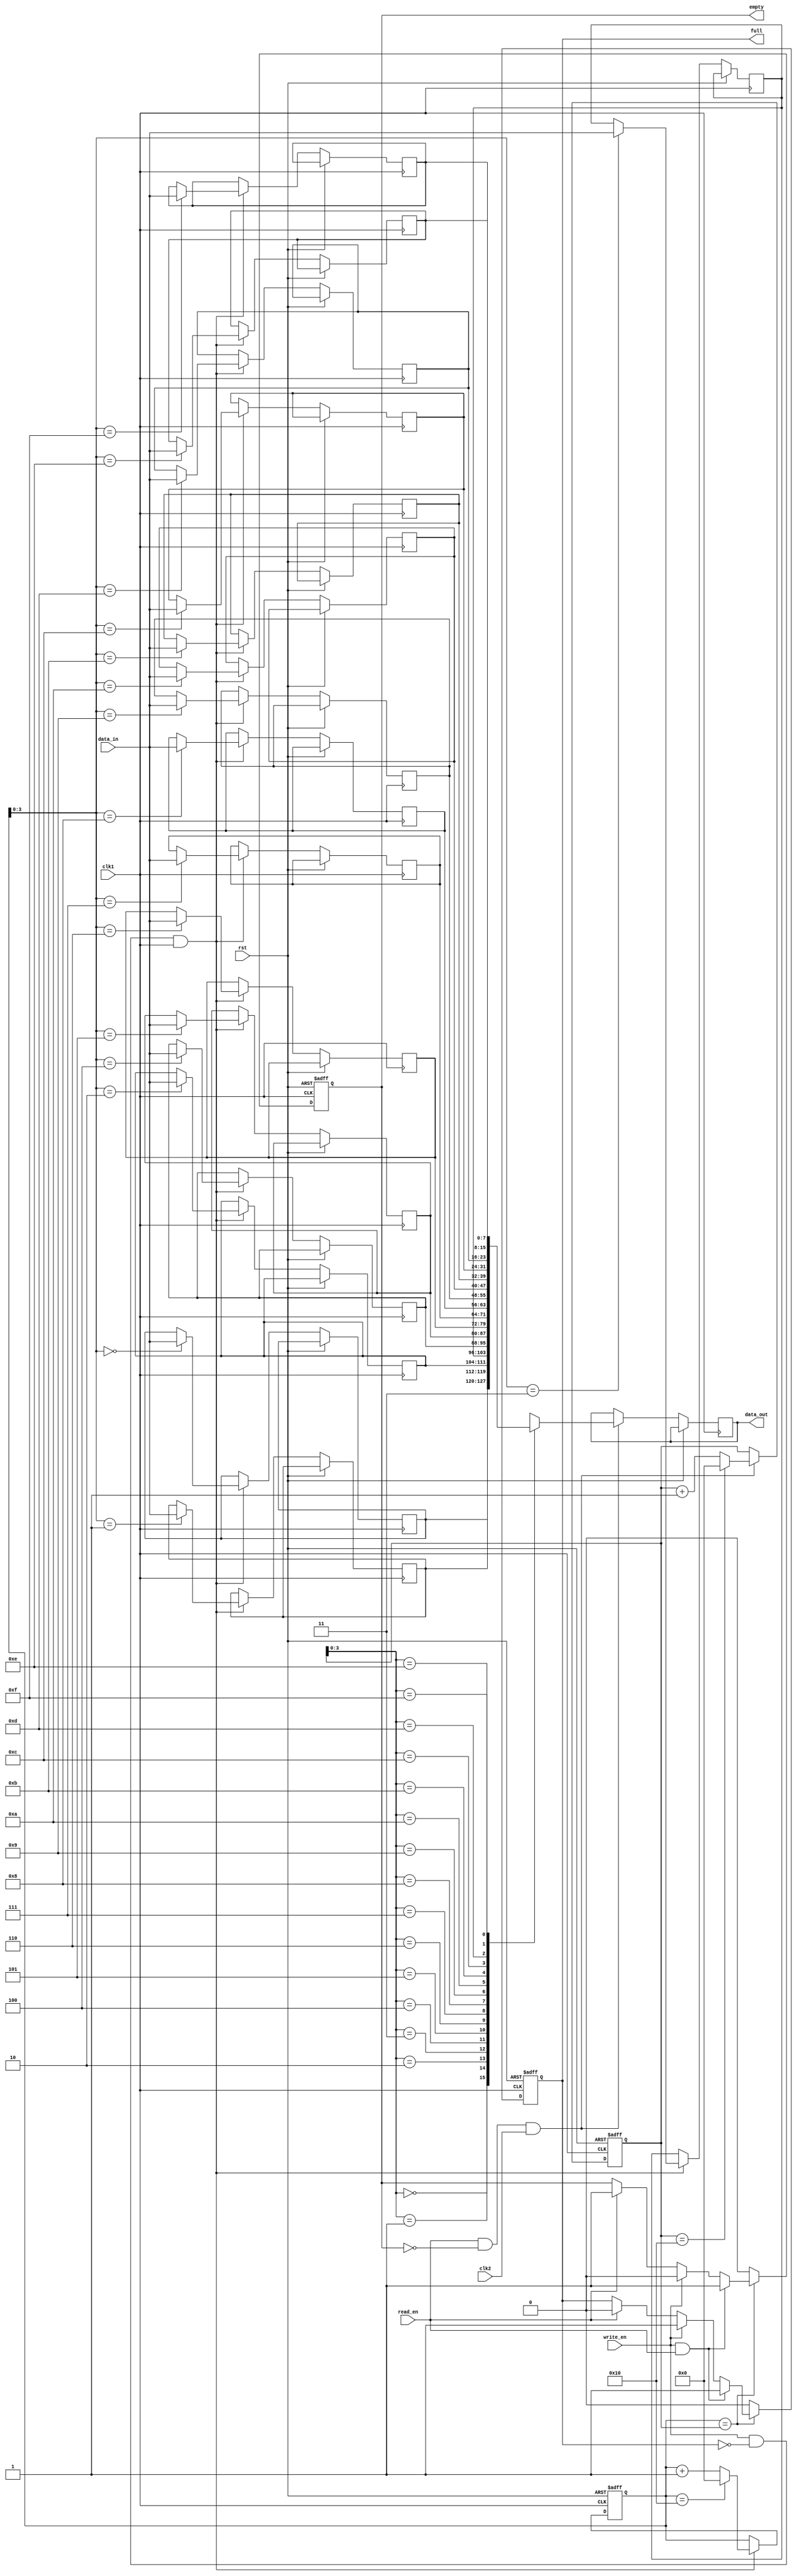
module last_word_fall_through_fifo (
    input wire clk1, // Clock signal for first clock domain
    input wire clk2, // Clock signal for second clock domain
    input wire rst, // Reset signal
    input wire write_en, // Write enable signal
    input wire read_en, // Read enable signal
    input wire [DATA_WIDTH-1:0] data_in, // Input data
    output reg [DATA_WIDTH-1:0] data_out, // Output data
    output reg full, // Full flag signal
    output reg empty // Empty flag signal
);

parameter DEPTH = 16; // Configurable depth of FIFO buffer
parameter DATA_WIDTH = 8; // Data width

reg [DATA_WIDTH-1:0] buffer [0:DEPTH-1]; // FIFO buffer storage

reg [DATA_WIDTH-1:0] read_pointer = 0; // Read pointer
reg [DATA_WIDTH-1:0] write_pointer = 0; // Write pointer

always @(posedge clk1 or posedge rst) begin
    if (rst) begin
        read_pointer <= 0;
        write_pointer <= 0;
        full <= 0;
        empty <= 1;
    end else begin
        // Write data into buffer
        if (write_en && !full && clk1) begin
            buffer[write_pointer] <= data_in;
            write_pointer <= write_pointer + 1;
            if (write_pointer == DEPTH) write_pointer <= 0;
        end
        
        // Read data from buffer
        if (read_en && !empty && clk2) begin
            data_out <= buffer[read_pointer];
            read_pointer <= read_pointer + 1;
            if (read_pointer == DEPTH) read_pointer <= 0;
        end
        
        // Update full and empty flags
        if (write_pointer == read_pointer) begin
            if (write_en && read_en) begin
                full <= 1;
                empty <= 1;
            end else if (write_en) begin
                full <= 1;
                empty <= 0;
            end else if (read_en) begin
                full <= 0;
                empty <= 1;
            end
        end else begin
            full <= 0;
            empty <= 0;
        end
    end
end

endmodule